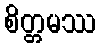
စိတ္တမဿ